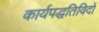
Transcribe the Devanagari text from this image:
कार्यपद्धतिविदों